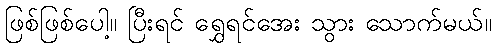
ဖြစ်ဖြစ်ပေါ့။ ပြီးရင် ရွှေရင်အေး သွား သောက်မယ်။